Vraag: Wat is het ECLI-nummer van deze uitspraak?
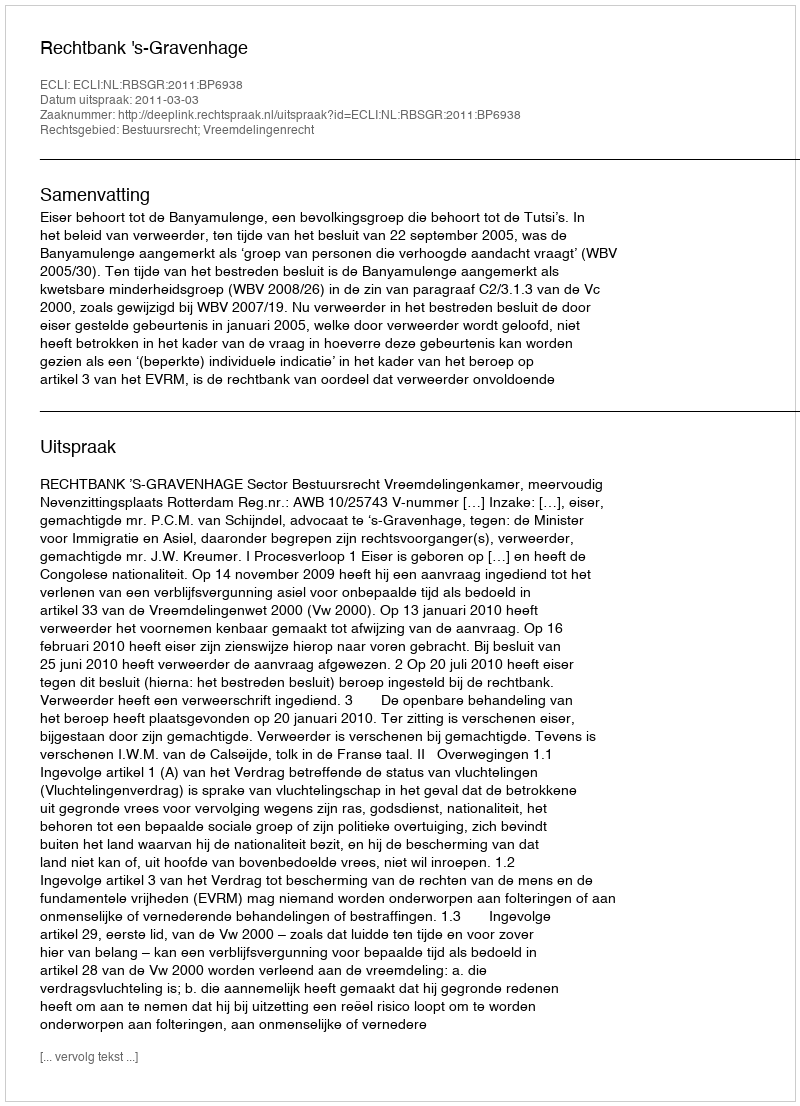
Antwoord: ECLI:NL:RBSGR:2011:BP6938